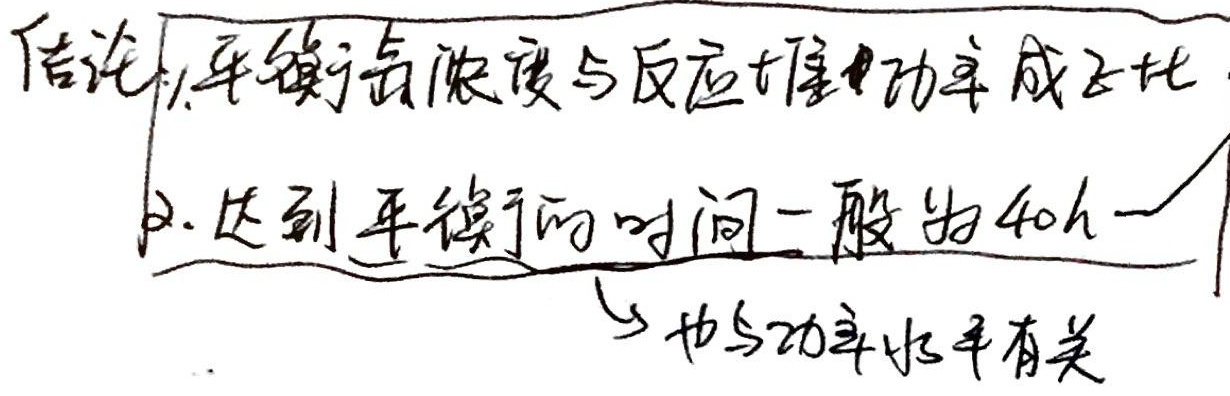
结论：1. 平衡后浓度与反应 功率成正比
2. 达到平衡的时间一般为40h一
→也与功率水平有关